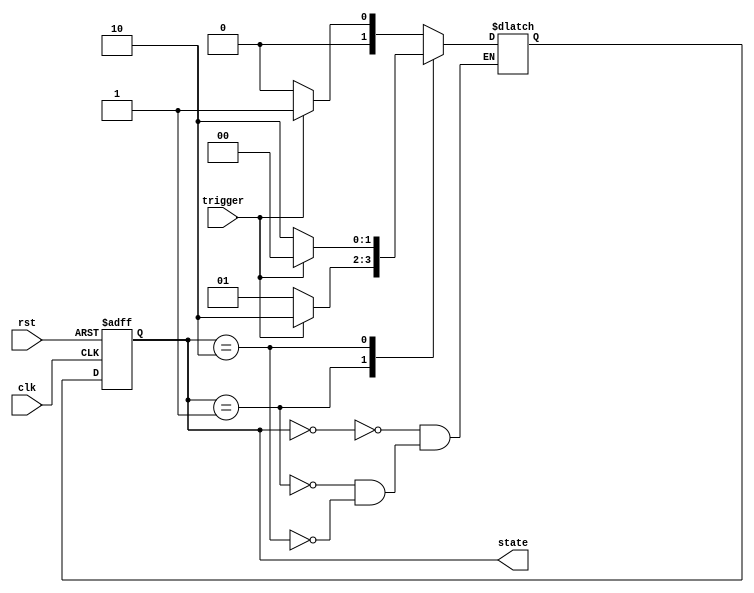
module state_machine(
  input clk, // clock input
  input rst, // reset input
  input trigger, // input signal to trigger state transitions
  output reg [1:0] state // output representing current state
);

// Define state encoding
parameter S0 = 2'b00;
parameter S1 = 2'b01;
parameter S2 = 2'b10;

// State registers
reg [1:0] current_state, next_state;

// Sequential logic for state machine
always @(posedge clk or posedge rst) begin
  if (rst) begin
    current_state <= S0;
  end else begin
    current_state <= next_state;
  end
end

// Combinational logic for next state determination based on current state and input
always @(*) begin
  case(current_state)
    S0: begin
      if (trigger) begin
        next_state = S1;
      end else begin
        next_state = S0;
      end
    end
    
    S1: begin
      if (trigger) begin
        next_state = S2;
      end else begin
        next_state = S1;
      end
    end
    
    S2: begin
      if (trigger) begin
        next_state = S0;
      end else begin
        next_state = S2;
      end
    end
  endcase
end

// Assigning current state to output
assign state = current_state;

endmodule